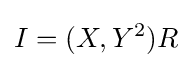
I=(X,Y^{2})R